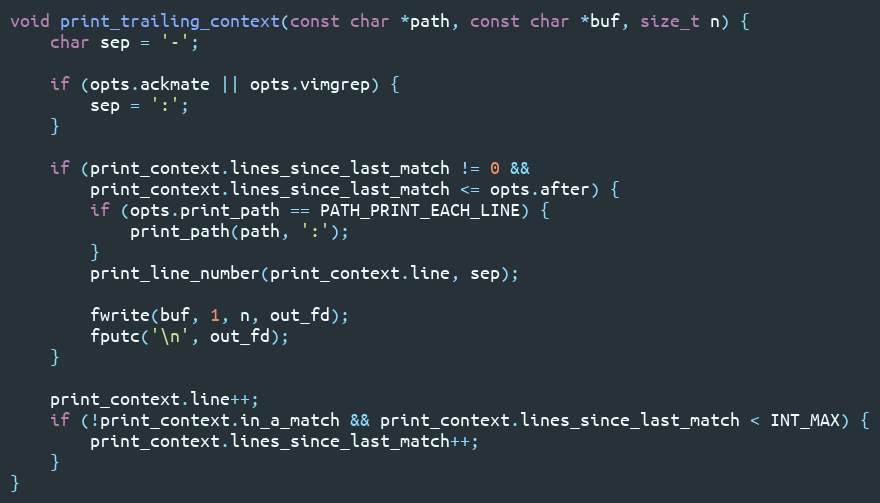
Language: C
void print_trailing_context(const char *path, const char *buf, size_t n) {
    char sep = '-';

    if (opts.ackmate || opts.vimgrep) {
        sep = ':';
    }

    if (print_context.lines_since_last_match != 0 &&
        print_context.lines_since_last_match <= opts.after) {
        if (opts.print_path == PATH_PRINT_EACH_LINE) {
            print_path(path, ':');
        }
        print_line_number(print_context.line, sep);

        fwrite(buf, 1, n, out_fd);
        fputc('\n', out_fd);
    }

    print_context.line++;
    if (!print_context.in_a_match && print_context.lines_since_last_match < INT_MAX) {
        print_context.lines_since_last_match++;
    }
}